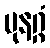
ပုနဂ္ဂံ